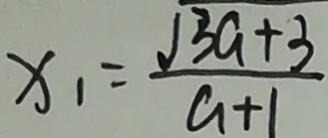
x _ { 1 } = \frac { \sqrt { 3 a + 3 } } { a + 1 }